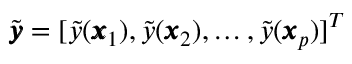
\tilde { \pmb { y } } = [ \tilde { y } ( \pmb { x } _ { 1 } ) , \tilde { y } ( \pmb { x } _ { 2 } ) , \dots , \tilde { y } ( \pmb { x } _ { p } ) ] ^ { T }